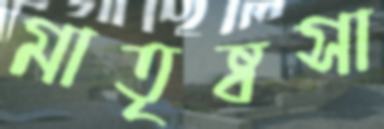
মাতৃষ্বসা